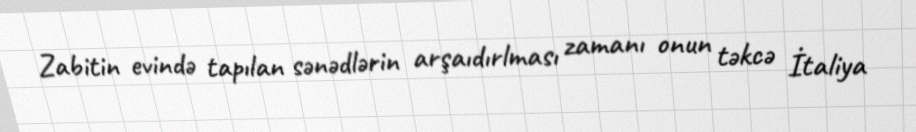
Zabitin evində tapılan sənədlərin arşaıdırlması zamanı onun təkcə İtaliya